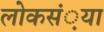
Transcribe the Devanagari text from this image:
लोकसं़या